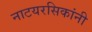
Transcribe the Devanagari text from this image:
नाटयरसिकांनी